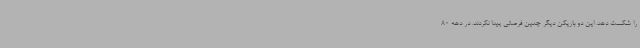
را شکست دهد. این دو بازیکن دیگر چنین فرصتی پیدا نکردند. در دهه 80